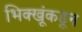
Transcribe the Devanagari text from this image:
भिक्खूंकडून